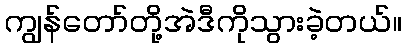
ကျွန်တော်တို့အဲဒီကိုသွားခဲ့တယ်။